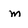
Character: m